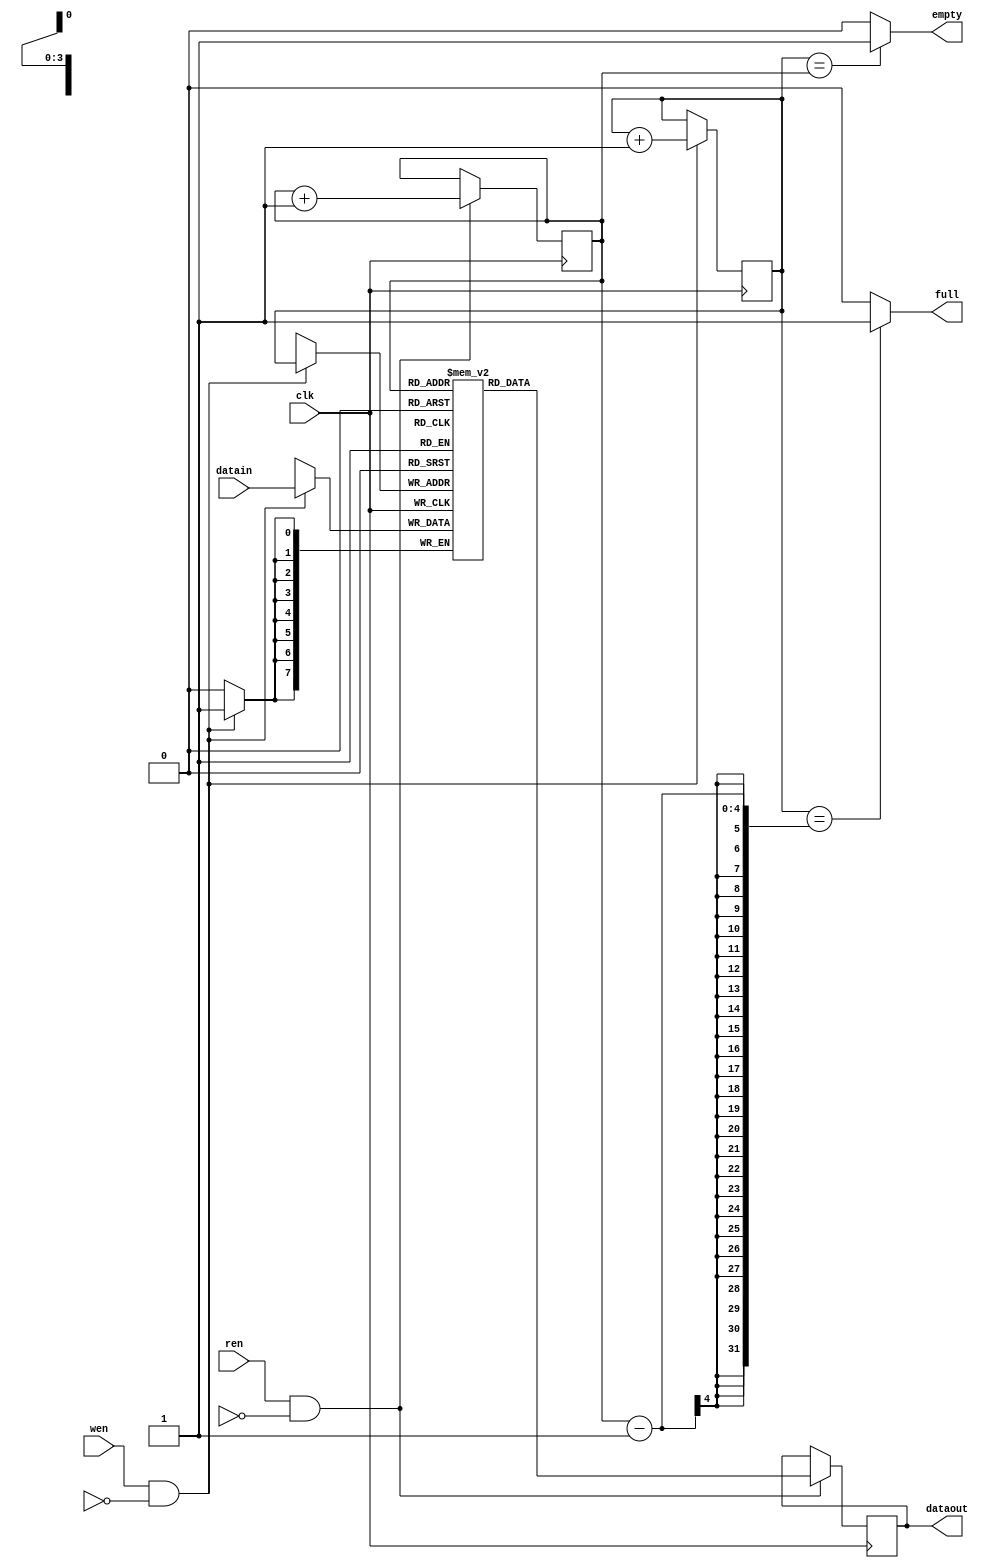
module fifo_1clk  # (
	parameter WIDTH = 8,         // considering 8X8 fifo
	DEPTH = 16,
	PTR	= 4 )          // 2**3 = 8 (DEPTH)

(
	input [7:0] datain,
	input       wen,
	input       ren,
	input       clk,
	output		empty,
	output		full,
	output[7:0] dataout );

	reg[WIDTH -1:0]		ram [DEPTH -1:0];
	wire 				wen_int;
	wire				ren_int;
	reg[PTR -1:0]		wradr;
	reg[PTR -1:0]		rdadr;
	reg[PTR -1:0]		usedw;
	reg[WIDTH -1:0]		data_out;

	assign wen_int = wen & !wrfull;
	assign ren_int = ren & !rdempty;

	assign empty = (wradr == rdadr)? 1'b1 : 1'b0;
	assign full = (wradr == rdadr -1)? 1'b1 : 1'b0;

	assign dataout = data_out;

	initial begin
		wradr <= 1'b0;
		rdadr <= 1'b0;
	end

	always @(posedge clk) begin
		if(wen_int) begin
			ram[wradr] <= datain;
			wradr <= wradr + 1;
		end
		if(ren_int) begin
			data_out <= ram[rdadr];
			rdadr <= rdadr + 1;
		end
	end

endmodule